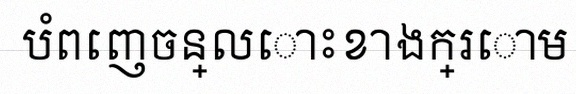
បំពេញចន្លោះខាងក្រោម